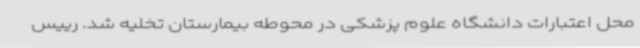
محل اعتبارات دانشگاه علوم پزشکی در محوطه بیمارستان تخلیه شد. رییس